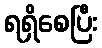
ရရှိစေပြီး